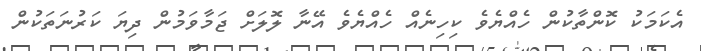
އެކަމަކު ކޮންތާކުން ހެއްޔެވެ ކިހިނެއް ހެއްޔެވެ އޭނާ ލޮލަށް ޖަމާވަމުން ދިޔަ ކަރުނަތަކުން